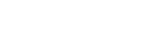
အောက်ခြေက